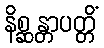
နိစ္ဆန္တာပတ္တိံ